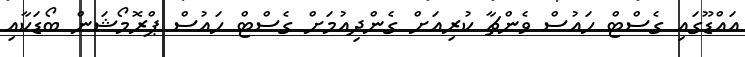
އައްޑޫގައި ގެސްޓް ހައުސް ވެންޗާ ކުރިއަށް ގެންދިއުމަށް ގެސްޓް ހައުސް ޕްރޮމޯޝަން ބޯޑަކާއި